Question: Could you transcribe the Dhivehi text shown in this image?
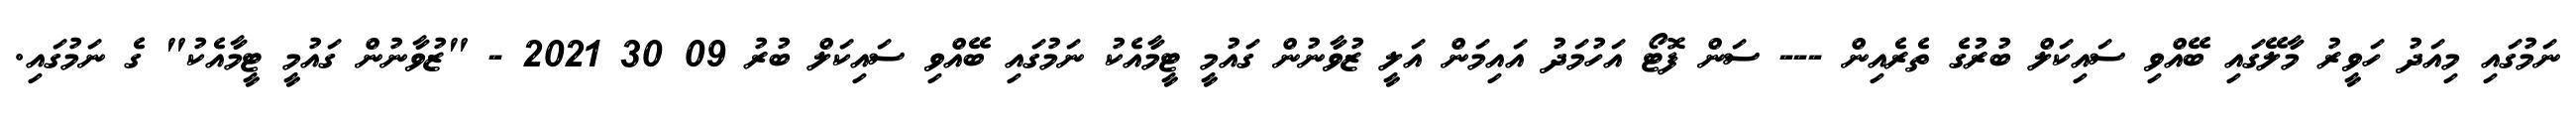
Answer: ނަމުގައި މިއަދު ހަވީރު މާލޭގައި ބޭއްވި ސައިކަލް ބުރުގެ ތެރެއިން --- ސަން ފޮޓޯ އަހުމަދު އައިމަން އަލީ ޒުވާނުން ގައުމީ ޓީމާއެކު ނަމުގައި ބޭއްވި ސައިކަލް ބުރު 09 30 2021 - "ޒުވާނުން ގައުމީ ޓީމާއެކު" ގެ ނަމުގައި.